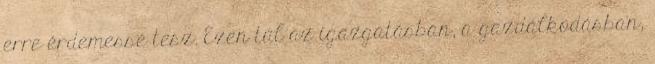
erre érdemessé tesz. Ezen túl az igazgatásban, a gazdálkodásban,